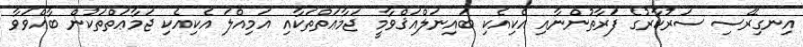
އިނގިރޭސި ސަރުކާރުގެ ފަރާތުންނާއި އެކިއެކި ބައިނަލްއަޤްވާމީ ޖަމާޢަތްތަކާއި އަމިއްލަ އެކިއެކި ޖަމާޢަތްތަކުން ބާއްވަވާ